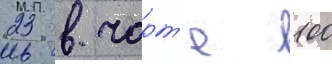
23 в чарт'е 100